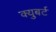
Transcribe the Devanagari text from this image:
क्युबर्ट